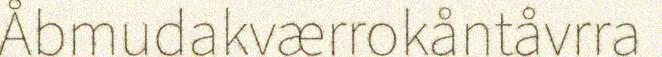
Åbmudakværrokåntåvrra